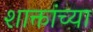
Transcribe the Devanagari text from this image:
शाक्तांच्या